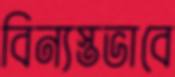
বিন্যস্তভাবে